Report of the Indian Hemp Drugs Commission, 1894-1895 - Volume II
Year: 1894
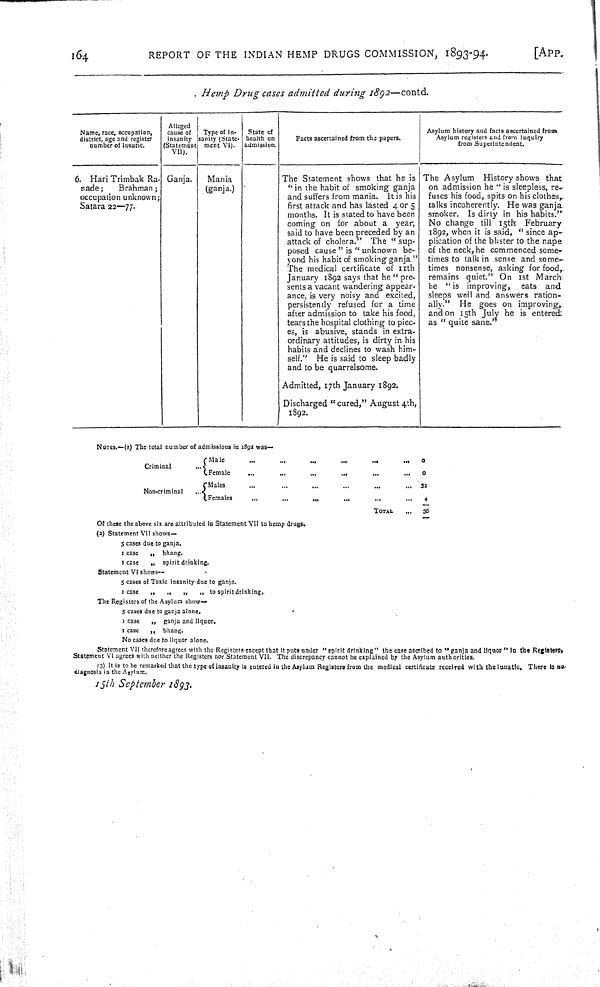
164
REPORT OF THE INDIAN HEMP DRUGS COMMISSION, 1893-94.
[APP.
Hemp Drug cases admitted during 1892—contd.
NOTES.—(1) The total number of admissions in 1892 was—
Criminal
Male
0
Criminal
Female
0
Non-criminal
Males
32
Non-criminal
Females
4
TOTAL
36
Of these the above six are attributed in Statement VII to hemp drugs.
(2) Statement VII shows—
5 cases due to ganja.
1 case
"
bhang.
1 case
"
spirit drinking.
Statement VI shows—
5 cases of Toxic insanity due to ganja.
I case
"
"
"
" to spirit drinking.
The Registers of the Asylum show—
5 cases due to ganja alone.
1 case
" ganja and liquor.
1 case
"
bhang.
No cases due to liquor alone.
Statement VlI therefore agrees with the Registers except that It puts under "spirit drinking" the case ascribed to "ganja and liquor" in the Registers.
Statement Vl agrees with neither the Registers nor Statement VII. The discrepancy cannot be explained by the Asylum authorities.
(3) It is to be remarked that the type of insanity is entered in the Asylam Registers from the medical certificate receded with the lunatic. There is no
diagnosis in the Asylum.
15th September 1893.
Name, race, occupation,
district, age and register
number of lunatic.
Alleged
cause of
insanity
(Statement
VII).
Type of in-
sanity (State-
ment VI).
State of
health on
admission.
Facts ascertained from the papers.
Asylum history aud facts ascertained from
Asylum registers and from inquiry
from Superintendent.
6. Hari Trimbak Ra-
nade;
Brahman;
occupation unknown;
Satara 22—77.
Ganja.
Mania
(ganja.)
The Statement shows that he is
"in the habit of smoking ganja
and suffers from mania. It is his
first attack and has lasted 4 or 5
months. It is stated to have been
coming on for about a year,
said to have been preceded by an
attack of cholera." The "sup-
posed cause" is "unknown be-
yond his habit of smoking ganja."
The medical certificate of 11th
January 1892 says that he "pre-
sents a vacant wandering appear-
ance, is very noisy and excited,
persistently refused for a time
after admission to lake his food,
tears the hospital clothing to piec-
es, is abusive, stands in extra-
ordinary attitudes, is dirty in his
habits and declines to wash him-
self." He is said to sleep badly
and to be quarrelsome.
Admitted, 17th January 1892;
Discharged "cured," August 4th,
1892.
The Asylum History shows that
on admission he " is sleepless, re-
fuses his food, spits on his clothes,
talks incoherently. He was ganja-
smoker. Is dirty in his habits."
No change till 15th February
1892, when it is said, "since ap-
plication of the blister to the nape
of the neck,he commenced some-
times to talk in sense and some-
times nonsense, asking for food,
remains quiet." On 1st March
he "is improving, eats and
sleeps well and answers ration-
ally." He goes on improving,
and on 15th July he is entered
as "quite sane."